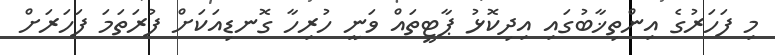
މި ފަހަރުގެ އިންތިޚާބުގައި އިދިކޮޅު ޕާޓީތައް ވަނީ ހުރިހާ ގޮނޑިއަކަށް ފުރަތަމަ ފަަހަރަށް